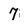
Character: 7